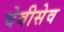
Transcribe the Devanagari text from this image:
चेबीसेव